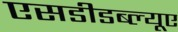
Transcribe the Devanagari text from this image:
एसडीडब्ल्यूए